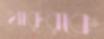
থারুরকে